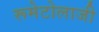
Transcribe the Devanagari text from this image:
रूमेटोलाजी